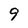
Character: 9